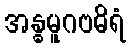
အန္ဓမူဂဗဓိရံ